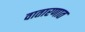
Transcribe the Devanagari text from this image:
वातारणात